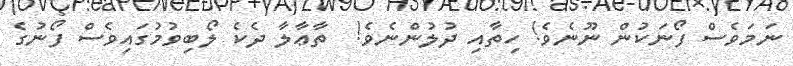
ނަމަވެސް ފޯނަކުން ނޫނެވެ! ހިތާއި ދުލުންނެވެ!  ތާޢާލާ ދެކެ ލޯބިވުމުގައިވެސް ފޯނުގެ